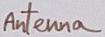
Text: Antenna